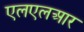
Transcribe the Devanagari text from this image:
एलएलआर